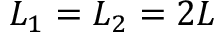
L _ { 1 } = L _ { 2 } = 2 L